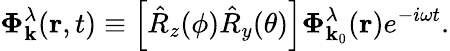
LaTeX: \boldsymbol{\Phi}_{\mathbf{k}}^{\lambda}(\mathbf{r},t)\equiv\left[\hat{R}_{z}(\phi)\hat{R}_{y}(\theta)\right]\boldsymbol{\Phi}_{\mathbf{k}_{0}}^{\lambda}(\mathbf{r})e^{-i\omega t}.